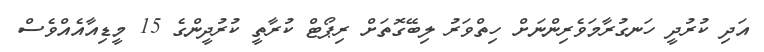
އަދި ކުރުދީ ހަނގުރާމަވެރިންނަށް ހިތްވަރު ލިބޭގޮތަށް ރިޕޯޓް ކުރާތީ ކުރުދީންގެ 15 މީޑިއާއެއްވެސް